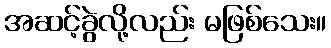
အဆင့်ခွဲလို့လည်း မဖြစ်သေး။